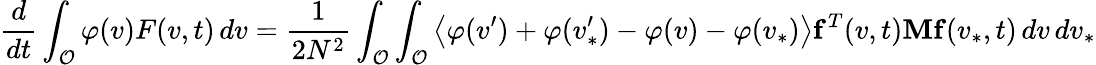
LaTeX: \frac{d}{dt}\int_{\mathcal{O}}\varphi(v)F(v,t)\, dv=\frac{1}{2N^{2}}\int_{\mathcal{O}}\int_{\mathcal{O}}\left\langle\varphi(v^{\prime})+\varphi(v_{\ast}^{\prime})-\varphi(v)-\varphi(v_{\ast})\right\rangle\mathbf{f}^{T}(v,t)\mathbf{M}\mathbf{f}(v_{\ast},t)\, dv\, dv_{\ast}